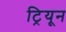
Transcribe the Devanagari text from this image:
ट्रियून